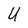
Character: U